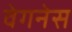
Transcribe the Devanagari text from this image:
वेगनेस